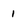
Character: 1